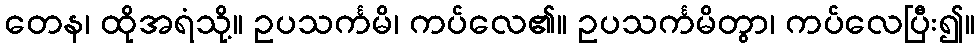
တေန၊ ထိုအရံသို့။ ဥပသင်္ကမိ၊ ကပ်လေ၏။ ဥပသင်္ကမိတွာ၊ ကပ်လေပြီး၍။